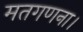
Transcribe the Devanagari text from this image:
मतगणना।